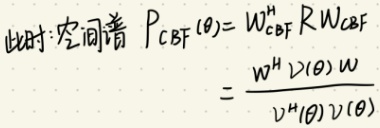
此时空间谱 \(P_{CBF}(\theta)=W_{CBF}^H RW_{CBF}\)
\[
=\frac{w^H v(\theta)w}{v^H(\theta)v(\theta)}
\]